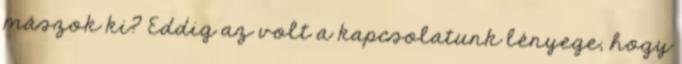
mászok ki? Eddig az volt a kapcsolatunk lényege, hogy